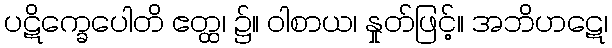
ပဋိက္ခေပေါတိ ဧတ္ထ၊ ၌။ ဝါစာယ၊ နှုတ်ဖြင့်။ အဘိဟဋေ၊